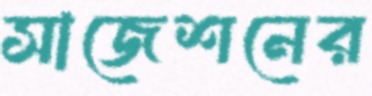
সাজেশনের